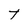
Character: t